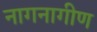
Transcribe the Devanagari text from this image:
नागनागीण